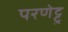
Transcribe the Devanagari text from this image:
परणेट्टु